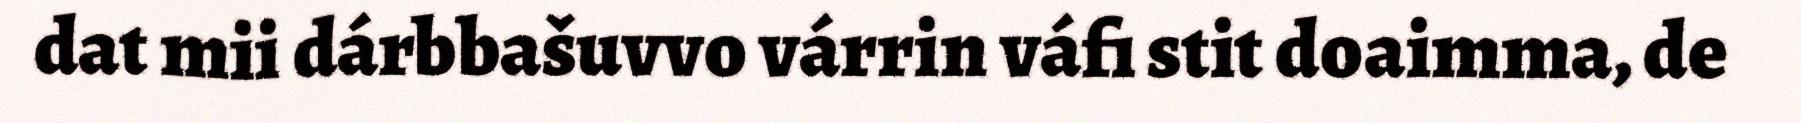
dat mii dárbbašuvvo várrin váfi stit doaimma, de